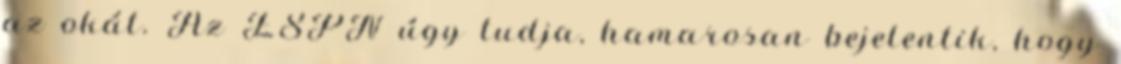
az okát. Az ESPN úgy tudja, hamarosan bejelentik, hogy